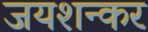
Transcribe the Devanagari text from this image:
जयशन्कर